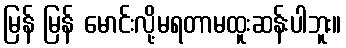
မြန် မြန် မောင်းလို့မရတာမထူးဆန်းပါဘူး။